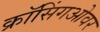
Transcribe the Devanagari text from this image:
क्रॉसिंगओवर